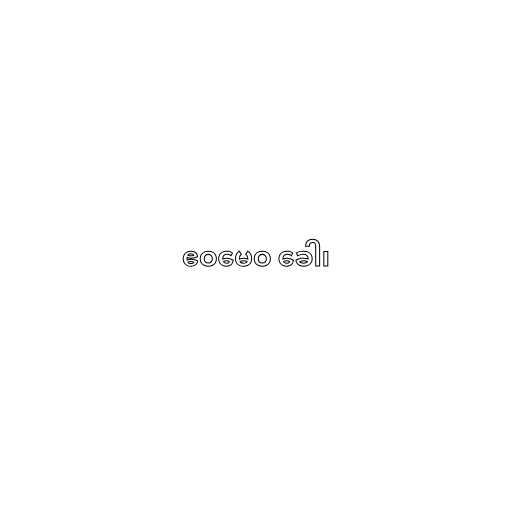
ဧဝမေဝ ခေါ၊